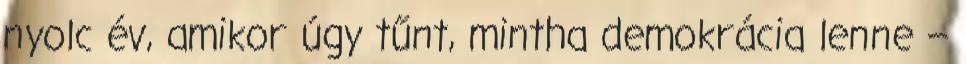
nyolc év, amikor úgy tűnt, mintha demokrácia lenne –